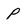
Character: P